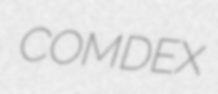
COMDEX